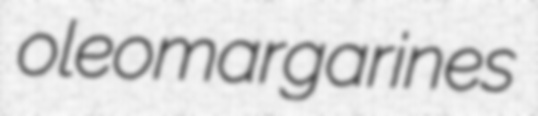
oleomargarines